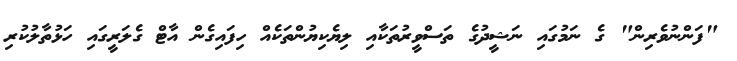
"ފަންނުވެރިން" ގެ ނަމުގައި ނަޝީދުގެ ތަސްވީރުތަކާއި ލިޔެކިޔުންތަކެއް ހިފައިގެން އާޓް ގެލަރީގައި ހަޅުތާލުކުރި